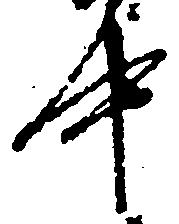
中